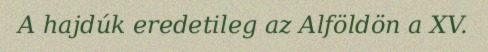
A hajdúk eredetileg az Alföldön a XV.